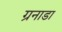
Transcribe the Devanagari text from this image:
ग्रनाडा